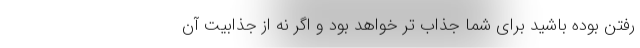
رفتن بوده باشید برای شما جذاب تر خواهد بود و اگر نه از جذابیت آن